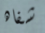
شفاه